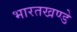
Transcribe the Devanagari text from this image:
भारतखण्डे